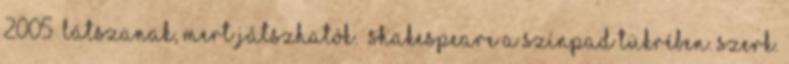
2005 „Látszanak, mert játszhatók.” Shakespeare a színpad tükrében. Szerk.